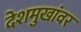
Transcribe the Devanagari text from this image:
देशमुखांवर